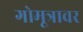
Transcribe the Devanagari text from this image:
गोमूत्रावर